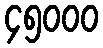
၄၅၀၀၀